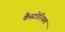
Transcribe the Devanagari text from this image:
कैस्टोरियम